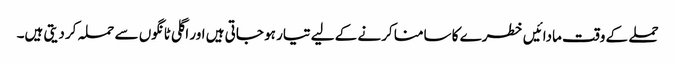
حملے کے وقت مادائیں خطرے کا سامنا کرنے کے لیے تیار ہو جاتی ہیں اور اگلی ٹانگوں سے حملہ کر دیتی ہیں۔